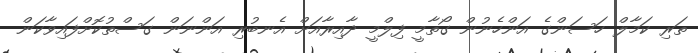
ތަރި ކަމާލް ހަސަންގެ އަންހެނުން ގޯތާމީ ފިލްމީ ދާއިރާއަށް އެނބުރި އަންނަން ގަސްތުކޮށްފައިވާކަން